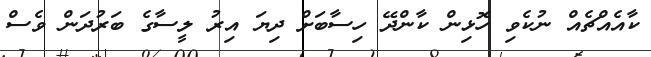
ކާއެއްޗެއް ނުކެވި ހޮޅިން ކާންދޭ ހިސާބަށް ދިޔަ އިރު ލީސާގެ ބަރުދަން ވެސް